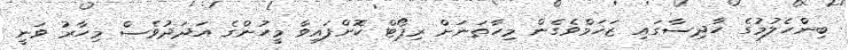
ބިންހެލުމުގެ ހާދިސާގައި ޒަޚަމްވެގެން މިހާތަނަށް ރިޕޯޓް ކޮށްފައިވާ މީހުންގެ އަދަދުވެސް މިހާރު ވަނީ